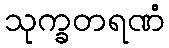
သုက္ခတရဏံ